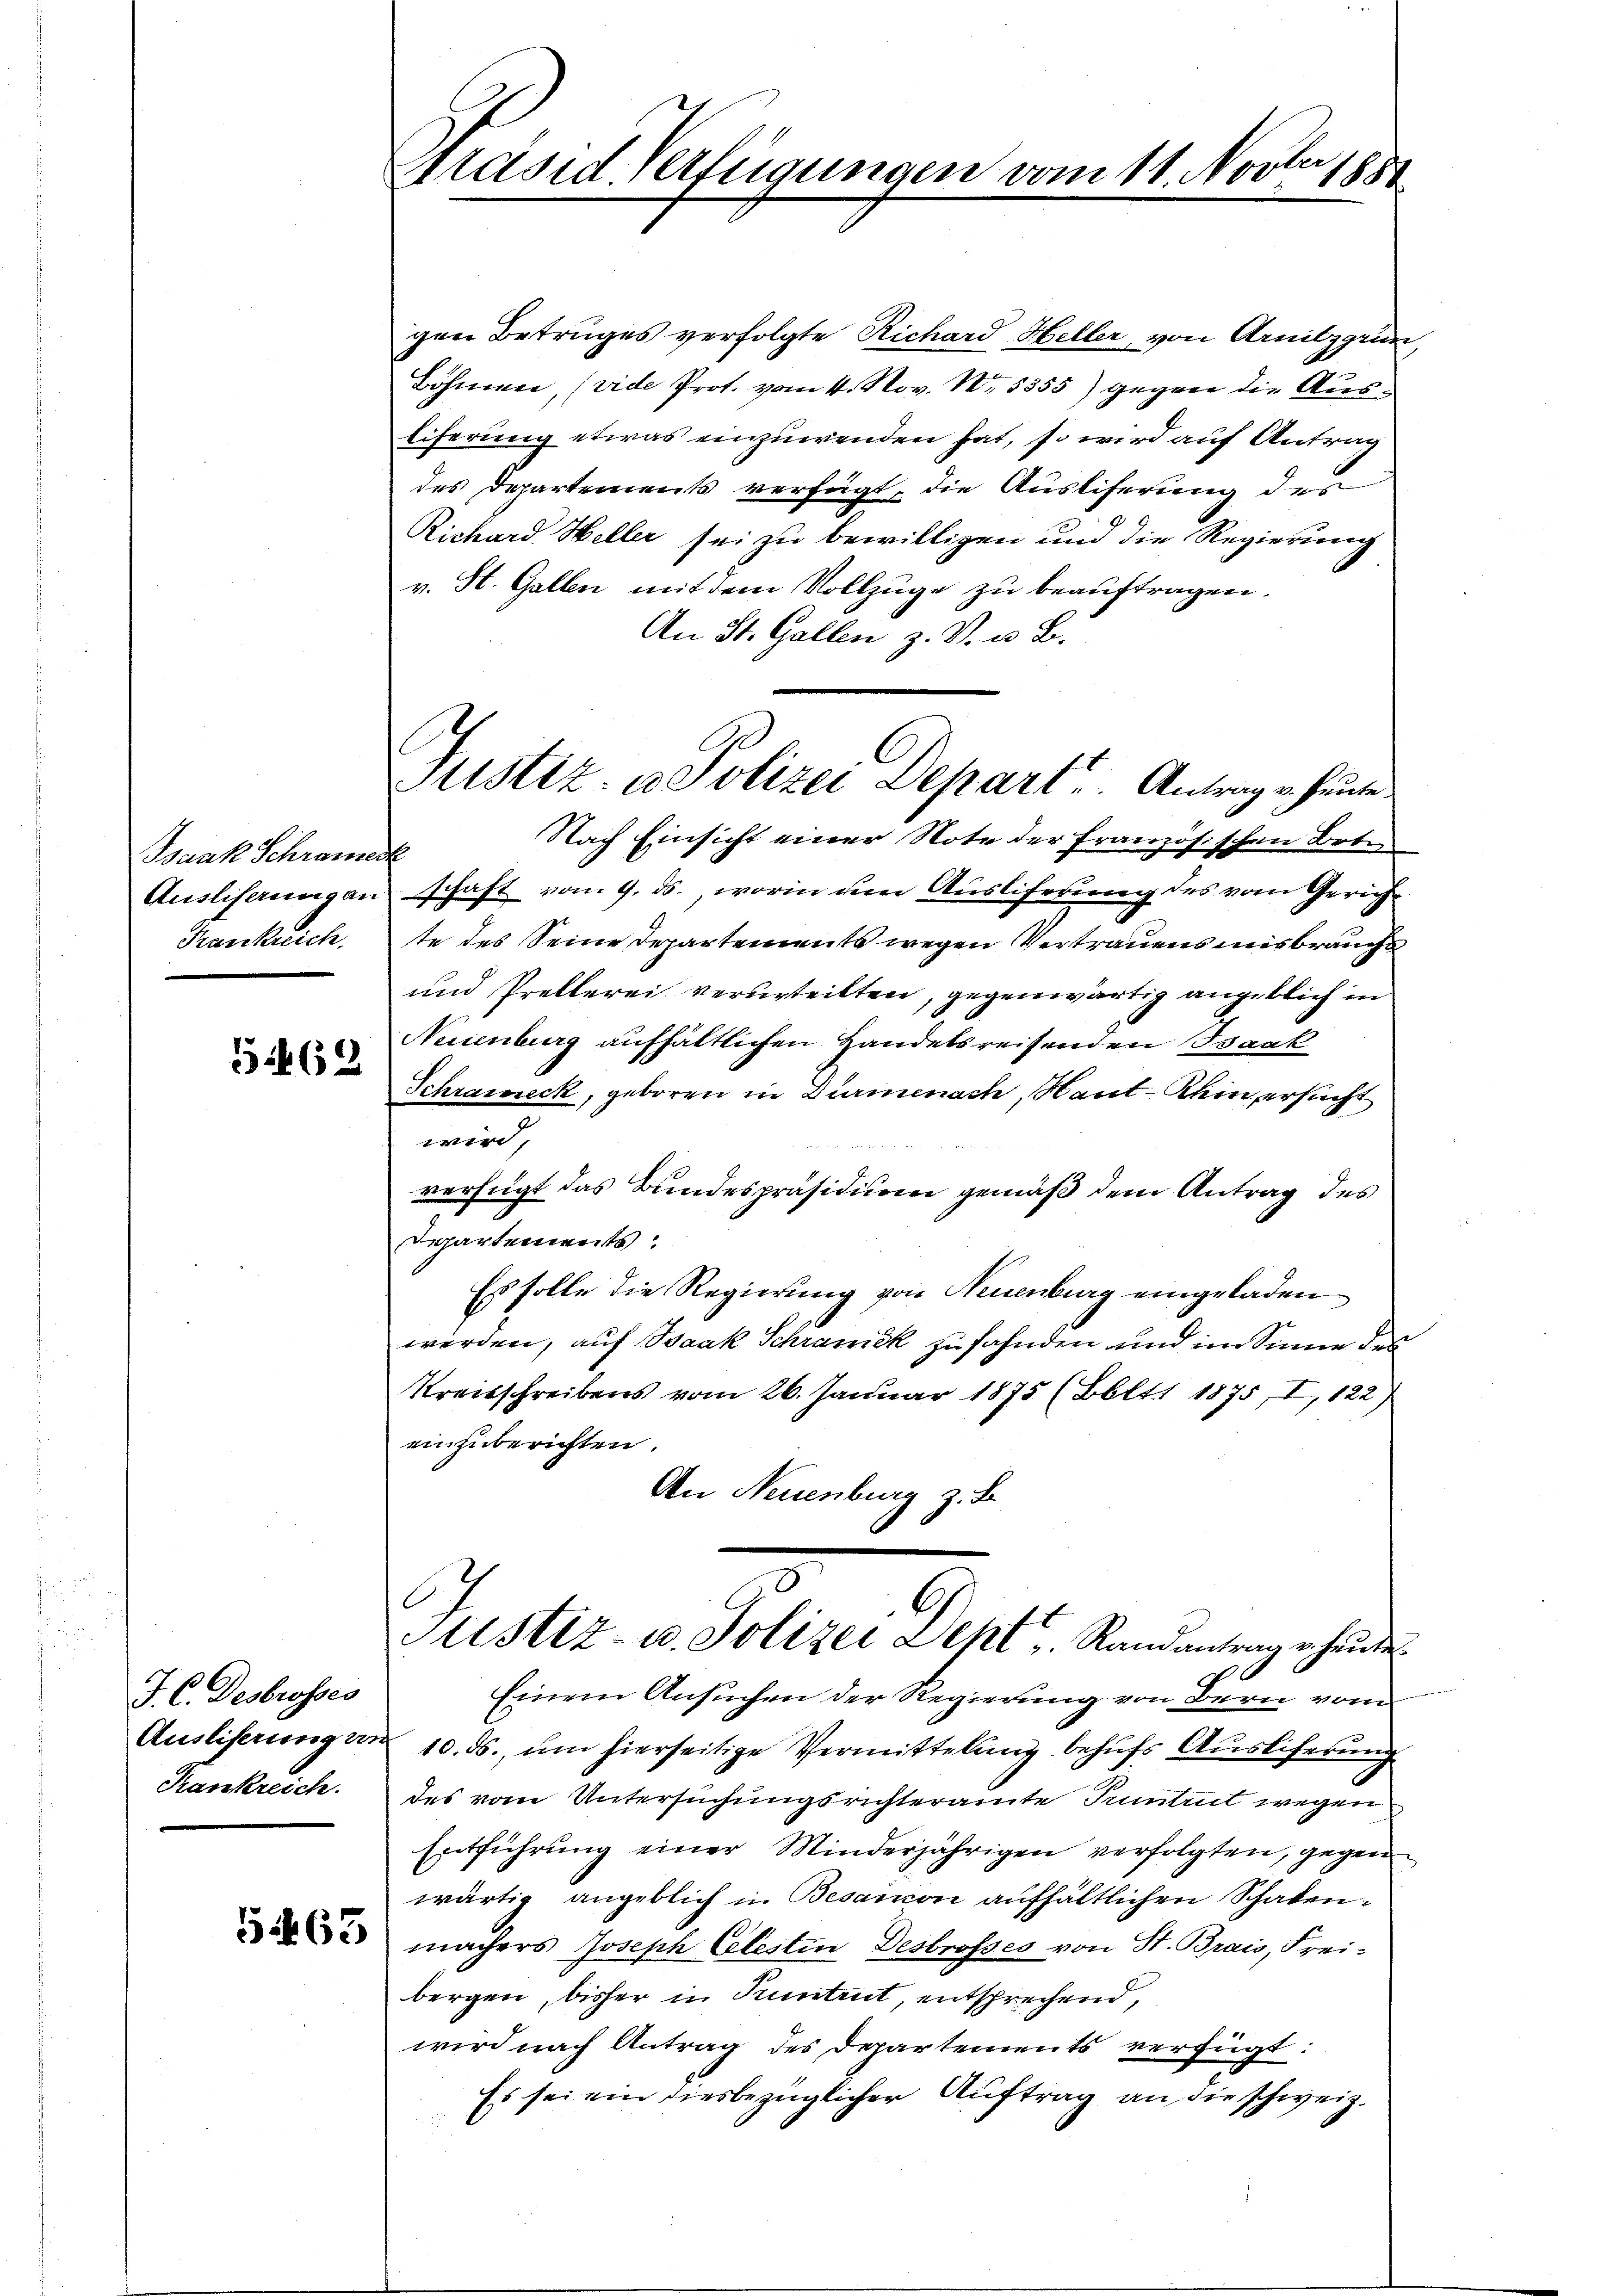
Isaak Schranerk
Ausliserung an
Krankreich.

51462

J. C. Desbrosses
Auslieferung an
Kankreich.

563

7f x
Präsid-Verfügungen vom 11. Nov. 1887

Justiz- u. Polizei Depart. Antrage heute.

gen Betruges verfolgte Richard Heller, von Arnilzgrun
Böhmen, (vide Prot. vom 4. Nov. N. 1355) gegen die Aus¬
Eiferung etwas einzuwenden hat, so wird auf Antrag
des Departements verfügt, die Auslieferung des
Richard Heller sei zu bewilligen und die Regierung
v. St. Gallen mit dem Vollzüge zu beauftragen.
An St. Gallen z. B. u. B.
Nach Einsicht einer Note der Französischen Bote
schaft vom 9. ds. worin um Ausliferung des vom Gerich
te des Seine Departements wegen Vertrauens misbrauchs
und Prellerei verurteilten, gegenwärtig angeblich in
Neuenburg aufhältlichen Handelsreisenden Isaak
Schraineck, geboren in Dürmenach, Haut-Kein ersucht
wird
verfügt das Bundespräsidium gemäß dem Antrag des
Departements
Es solle die Regierung von Neuenburg eingeladen
werden, auf Baak Schranck zu fahnden und im Sinne des
Kreisschreibens vom 26. Januar 1875 (Bbltt 1875, I, 122)
einzuberichten.
An Neuenburg z. B.
G
Justiz- u. Polizei Jcht. Randantrag heute.
6
E
Einem Ansuchen der Regierung von Bern vom
10. ds., um hierseitige Vermittelung behufs Ausliferung
des vom Untersuchungsrichteramte Pumtnit wegen
Entführung einer Minderjährigen verfolgten, gegen
wärtig angeblich in Besandon aufhältlichen Schadenmachers Joseph Celestin Desbrosses von St. Brais, Frei-
bergen, bisher in Kuntent, entsprechend,
wird nach Antrag des Departements verfügt:
Es sei ein diesbezüglicher Auftrag an die schweiz.